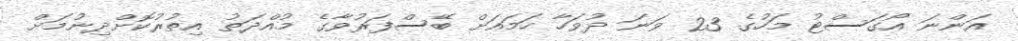
އަންނަ އޯގަސްޓު މަހުގެ 23 ވަނަ ދުވަހާ ހަމައަށް ބޭސްފަރުވާގެ މުއްދަތު އިތުރުކޮށްދިނުމަށް